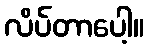
လိပ်တာပေါ့။